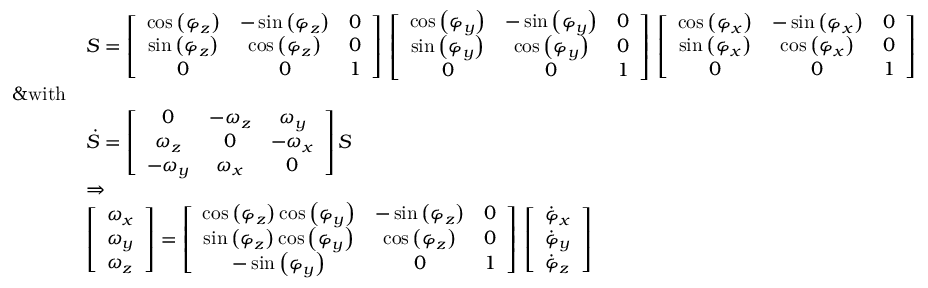
\begin{array} { r l } & { \boldsymbol S = \left[ \begin{array} { c c c } { \cos \left( \varphi _ { { z } } \right) } & { - \sin \left( \varphi _ { { z } } \right) } & { 0 } \\ { \sin \left( \varphi _ { { z } } \right) } & { \cos \left( \varphi _ { { z } } \right) } & { 0 } \\ { 0 } & { 0 } & { 1 } \end{array} \right] \, \left[ \begin{array} { c c c } { \cos \left( \varphi _ { { y } } \right) } & { - \sin \left( \varphi _ { { y } } \right) } & { 0 } \\ { \sin \left( \varphi _ { { y } } \right) } & { \cos \left( \varphi _ { { y } } \right) } & { 0 } \\ { 0 } & { 0 } & { 1 } \end{array} \right] \, \left[ \begin{array} { c c c } { \cos \left( \varphi _ { { x } } \right) } & { - \sin \left( \varphi _ { { x } } \right) } & { 0 } \\ { \sin \left( \varphi _ { { x } } \right) } & { \cos \left( \varphi _ { { x } } \right) } & { 0 } \\ { 0 } & { 0 } & { 1 } \end{array} \right] } \\ { \& \mathrm { w i t h } } \\ & { \boldsymbol { \dot { S } } = \left[ \begin{array} { c c c } { 0 } & { - \omega _ { { z } } } & { \omega _ { { y } } } \\ { \omega _ { { z } } } & { 0 } & { - \omega _ { { x } } } \\ { - \omega _ { { y } } } & { \omega _ { { x } } } & { 0 } \end{array} \right] \boldsymbol S \, } \\ & { \Rightarrow } \\ & { \left[ \begin{array} { l } { \omega _ { x } } \\ { \omega _ { y } } \\ { \omega _ { z } } \end{array} \right] = \left[ \begin{array} { c c c } { \cos \left( \varphi _ { { z } } \right) \cos \left( \varphi _ { { y } } \right) } & { - \sin \left( \varphi _ { { z } } \right) } & { 0 } \\ { \sin \left( \varphi _ { { z } } \right) \cos \left( \varphi _ { { y } } \right) } & { \cos \left( \varphi _ { { z } } \right) } & { 0 } \\ { - \sin \left( \varphi _ { { y } } \right) } & { 0 } & { 1 } \end{array} \right] \, \left[ \begin{array} { l } { \dot { \varphi } _ { x } } \\ { \dot { \varphi } _ { y } } \\ { \dot { \varphi } _ { z } } \end{array} \right] } \end{array}